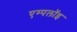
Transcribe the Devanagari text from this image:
एम्पलॉइ